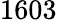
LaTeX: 1603